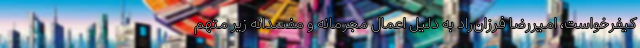
کیفرخواست، امیررضا فرزان‌راد به دلیل اعمال مجرمانه و مفسدانه زیر متهم